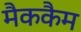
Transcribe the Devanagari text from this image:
मैककैम